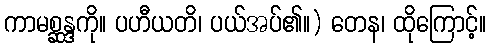
ကာမစ္ဆန္ဒကို။ ပဟီယတိ၊ ပယ်အပ်၏။) တေန၊ ထိုကြောင့်။